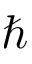
\hbar